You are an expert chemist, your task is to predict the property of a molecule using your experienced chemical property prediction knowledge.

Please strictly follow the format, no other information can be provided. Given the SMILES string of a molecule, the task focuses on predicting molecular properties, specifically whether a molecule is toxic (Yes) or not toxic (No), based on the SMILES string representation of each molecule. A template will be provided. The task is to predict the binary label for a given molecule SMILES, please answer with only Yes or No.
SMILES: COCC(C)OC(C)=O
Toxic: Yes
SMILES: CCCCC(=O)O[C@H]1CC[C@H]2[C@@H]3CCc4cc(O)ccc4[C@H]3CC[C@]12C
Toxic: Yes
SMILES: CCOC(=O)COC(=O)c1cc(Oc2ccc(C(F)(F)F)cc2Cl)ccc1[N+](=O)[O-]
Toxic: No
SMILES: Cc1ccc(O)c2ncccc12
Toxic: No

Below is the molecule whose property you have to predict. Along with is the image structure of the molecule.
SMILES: C=CC(C)CCCC(C)(C)O
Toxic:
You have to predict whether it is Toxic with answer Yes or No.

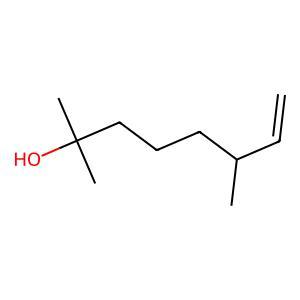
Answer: No